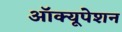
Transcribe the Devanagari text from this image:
ऑक्यूपेशन